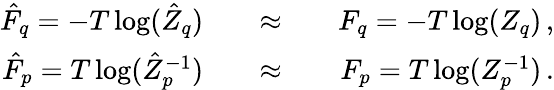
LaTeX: \begin{array}{rlrlr}{\hat{F}_{q}=-T\log(\hat{Z}_{q})}&{{}}&{\approx}&{{}}&{F_{q}=-T\log(Z_{q})\, ,}\\ {\hat{F}_{p}=T\log(\hat{Z}_{p}^{-1})}&{{}}&{\approx}&{{}}&{F_{p}=T\log(Z_{p}^{-1})\, .}\end{array}